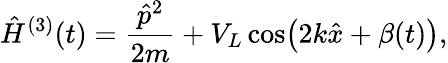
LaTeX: \hat{H}^{(3)}(t)=\frac{\hat{p}^{2}}{2m}+V_{L}\cos\bigl(2k\hat{x}+\beta(t)\bigr),